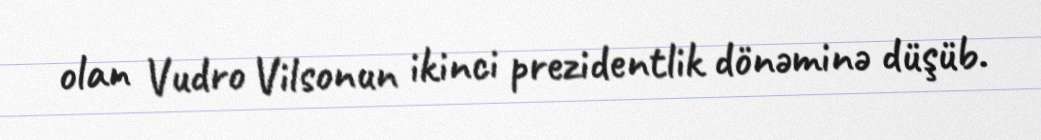
olan Vudro Vilsonun ikinci prezidentlik dönəminə düşüb.